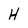
Character: H